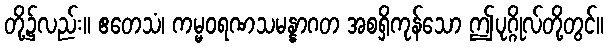
တို့၌လည်း။ ဧတေသံ၊ ကမ္မဝရဏသမန္နာဂတ အစရှိကုန်သော ဤပုဂ္ဂိုလ်တို့တွင်။